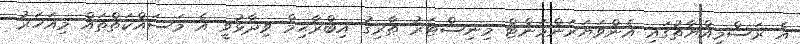
އެ ރަސްމިއްޔާތުގައި އެންވަޔަރަންމަންޓް މިނިސްޓަރު ޠާރިގު އިބްރާޙިމް ވިދާޅުވީ އެ މަސައްކަތްތައް މިއަހަރު